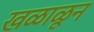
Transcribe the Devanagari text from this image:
खळाळून